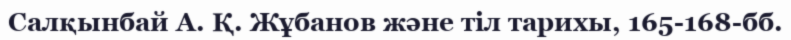
Салқынбай А. Қ. Жұбанов және тіл тарихы, 165-168-бб.